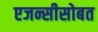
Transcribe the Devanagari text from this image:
एजन्सीसोबत